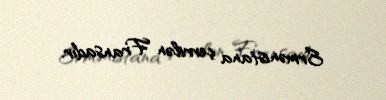
Ermənistana çevrilən Fransadır.